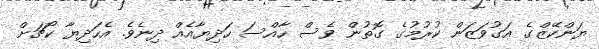
ޔަންކޭޒްގެ އަގުވަޒަން ކުރުމުގެ ގޮތުން ވެސް ހާއްސަ ހަދިޔާއެއް ދިނެވެ. އެހަދިޔާ ކޯޗަށް